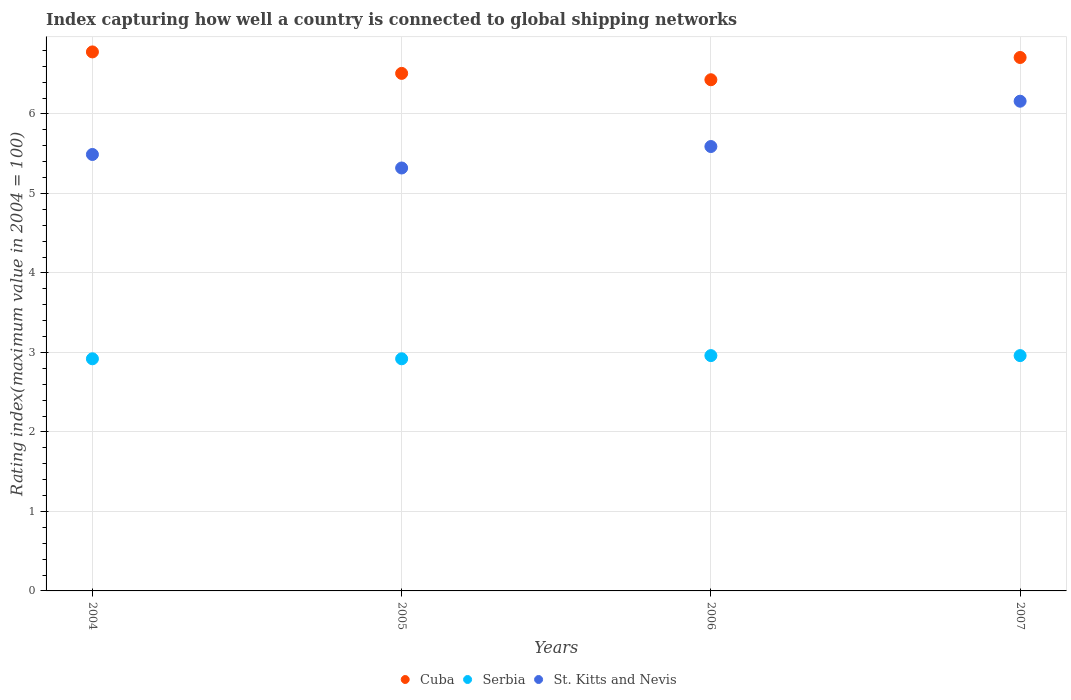
| Years | Cuba | Serbia | St. Kitts and Nevis |
 | --- | --- | --- | --- |
 | 2004 | 6.78 | 2.92 | 5.49 |
 | 2005 | 6.51 | 2.92 | 5.32 |
 | 2006 | 6.43 | 2.96 | 5.59 |
 | 2007 | 6.71 | 2.96 | 6.16 |